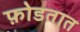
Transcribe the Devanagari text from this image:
फ़ोडतात